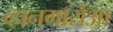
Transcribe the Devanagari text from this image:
व्हानगारोआ